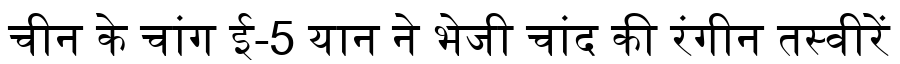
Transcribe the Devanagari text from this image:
चीन के चांग ई-5 यान ने भेजी चांद की रंगीन तस्वीरें